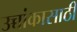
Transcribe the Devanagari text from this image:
उच्चांकासाठी